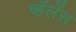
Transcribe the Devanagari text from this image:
व्हॅलेंस